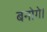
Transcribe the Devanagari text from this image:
बनोगे।